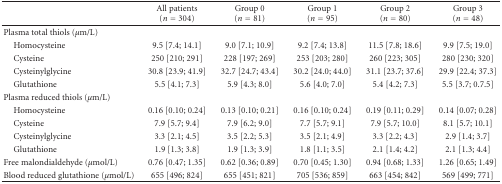
<table><thead><tr><td></td><td><b>All patients (<i>n</i> = 304)</b></td><td><b>Group 0 (<i>n</i> = 81)</b></td><td><b>Group 1 (<i>n</i> = 95)</b></td><td><b>Group 2 (<i>n</i> = 80)</b></td><td><b>Group 3 (<i>n</i> = 48)</b></td></tr></thead><tbody><tr><td>Plasma total thiols (<i>μ</i>m/L)</td><td></td><td></td><td></td><td></td><td></td></tr><tr><td> Homocysteine</td><td>9.5 [7.4; 14.1]</td><td>9.0 [7.1; 10.9]</td><td>9.2 [7.4; 13.8]</td><td>11.5 [7.8; 18.6]</td><td>9.9 [7.5; 19.0]</td></tr><tr><td> Cysteine</td><td>250 [210; 291]</td><td>228 [197; 269]</td><td>253 [203; 280]</td><td>260 [223; 305]</td><td>280 [230; 320]</td></tr><tr><td> Cysteinylglycine</td><td>30.8 [23.9; 41.9]</td><td>32.7 [24.7; 43.4]</td><td>30.2 [24.0; 44.0]</td><td>31.1 [23.7; 37.6]</td><td>29.9 [22.4; 37.3]</td></tr><tr><td> Glutathione</td><td>5.5 [4.1; 7.3]</td><td>5.9 [4.3; 8.0]</td><td>5.6 [4.0; 7.0]</td><td>5.4 [4.2; 7.3]</td><td>5.5 [3.7; 0.7.5]</td></tr><tr><td>Plasma reduced thiols (<i>μ</i>m/L)</td><td></td><td></td><td></td><td></td><td></td></tr><tr><td> Homocysteine</td><td>0.16 [0.10; 0.24]</td><td>0.13 [0.10; 0.21]</td><td>0.16 [0.10; 0.24]</td><td>0.19 [0.11; 0.29]</td><td>0.14 [0.07; 0.28]</td></tr><tr><td> Cysteine</td><td>7.9 [5.7; 9.4]</td><td>7.9 [6.2; 9.0]</td><td>7.7 [5.7; 9.1]</td><td>7.9 [5.7; 10.0]</td><td>8.1 [5.7; 10.1]</td></tr><tr><td> Cysteinylglycine</td><td>3.3 [2.1; 4.5]</td><td>3.5 [2.2; 5.3]</td><td>3.5 [2.1; 4.9]</td><td>3.3 [2.2; 4.3]</td><td>2.9 [1.4; 3.7]</td></tr><tr><td> Glutathione</td><td>1.9 [1.3; 3.8]</td><td>1.9 [1.3; 3.9]</td><td>1.8 [1.1; 3.5]</td><td>2.1 [1.4; 4.2]</td><td>2.1 [1.3; 4.4]</td></tr><tr><td>Free malondialdehyde (<i>μ</i>mol/L)</td><td>0.76 [0.47; 1.35]</td><td>0.62 [0.36; 0.89]</td><td>0.70 [0.45; 1.30]</td><td>0.94 [0.68; 1.33]</td><td>1.26 [0.65; 1.49]</td></tr><tr><td>Blood reduced glutathione (<i>μ</i>mol/L)</td><td>655 [496; 824]</td><td>655 [451; 821]</td><td>705 [536; 859]</td><td>663 [454; 842]</td><td>569 [499; 771]</td></tr></tbody></table>